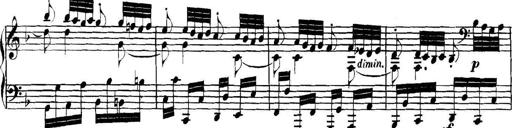
Title: Collected Piano Sonatas
Composer: Muzio Clementi